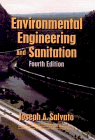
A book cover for Environmental Engineering and Sanitation (Environmental Science and Technology: A Wiley-Interscience Series of Texts and Monographs); Joseph A. Salvato; Science & Math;